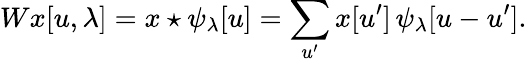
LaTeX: Wx[u,\lambda]=x\star\psi_{\lambda}[u]=\sum_{u^{\prime}}x[u^{\prime}]\, \psi_{\lambda}[u-u^{\prime}].